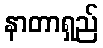
နာတာရှည်